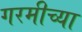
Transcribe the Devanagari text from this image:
गरमीच्या